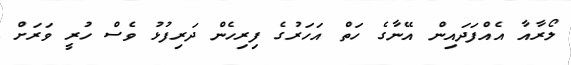
ލޯރާއާ އެއްފަދައިން އޭނާގެ ހަތް އަހަރުގެ ފިރިހެން ދަރިފުޅު ވެސް ހުރީ ވަރަށް